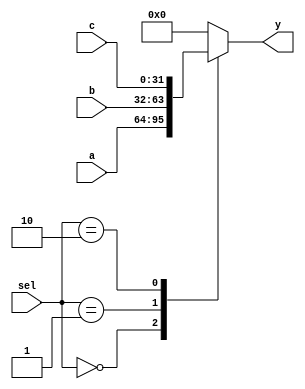
`timescale 1ns / 1ps
//////////////////////////////////////////////////////////////////////////////////
// Company: 
// Engineer: 
// 
// Design Name: 
// Module Name:    mux32xin 
// Project Name: 
// Target Devices: 
// Tool versions: 
// Description: 
//
// Dependencies: 
//
// Revision: 
// Revision 0.01 - File Created
// Additional Comments: 
//
//////////////////////////////////////////////////////////////////////////////////
module mux32xin(
	 input [31:0] a,
    input [31:0] b,
    input [31:0] c,
    input [1:0] sel,
    output reg [31:0] y
    );
	 always @ * begin
		case(sel)
		2'b00:begin
			y = a;
		end
		2'b01:begin
			y = b;
		end
		2'b10:begin
			y = c;
		end
		default:begin
			y = 0;
		end
		endcase
	 end
  


endmodule